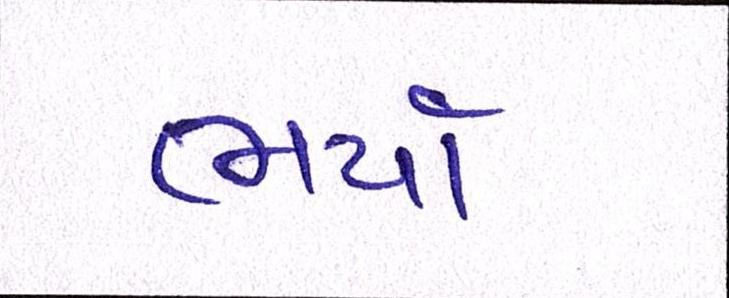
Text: ભર્યો